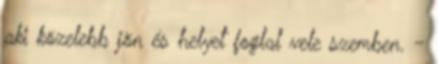
aki közelebb jön és helyet foglal vele szemben. -